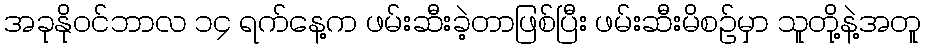
အခုနိုဝင်ဘာလ ၁၄ ရက်နေ့က ဖမ်းဆီးခဲ့တာဖြစ်ပြီး ဖမ်းဆီးမိစဉ်မှာ သူတို့နဲ့အတူ